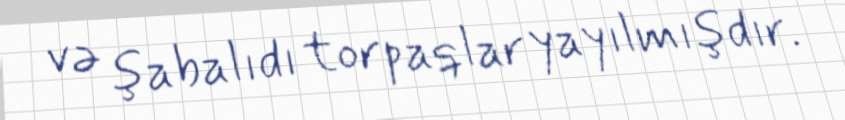
və şabalıdı torpaqlar yayılmışdır.